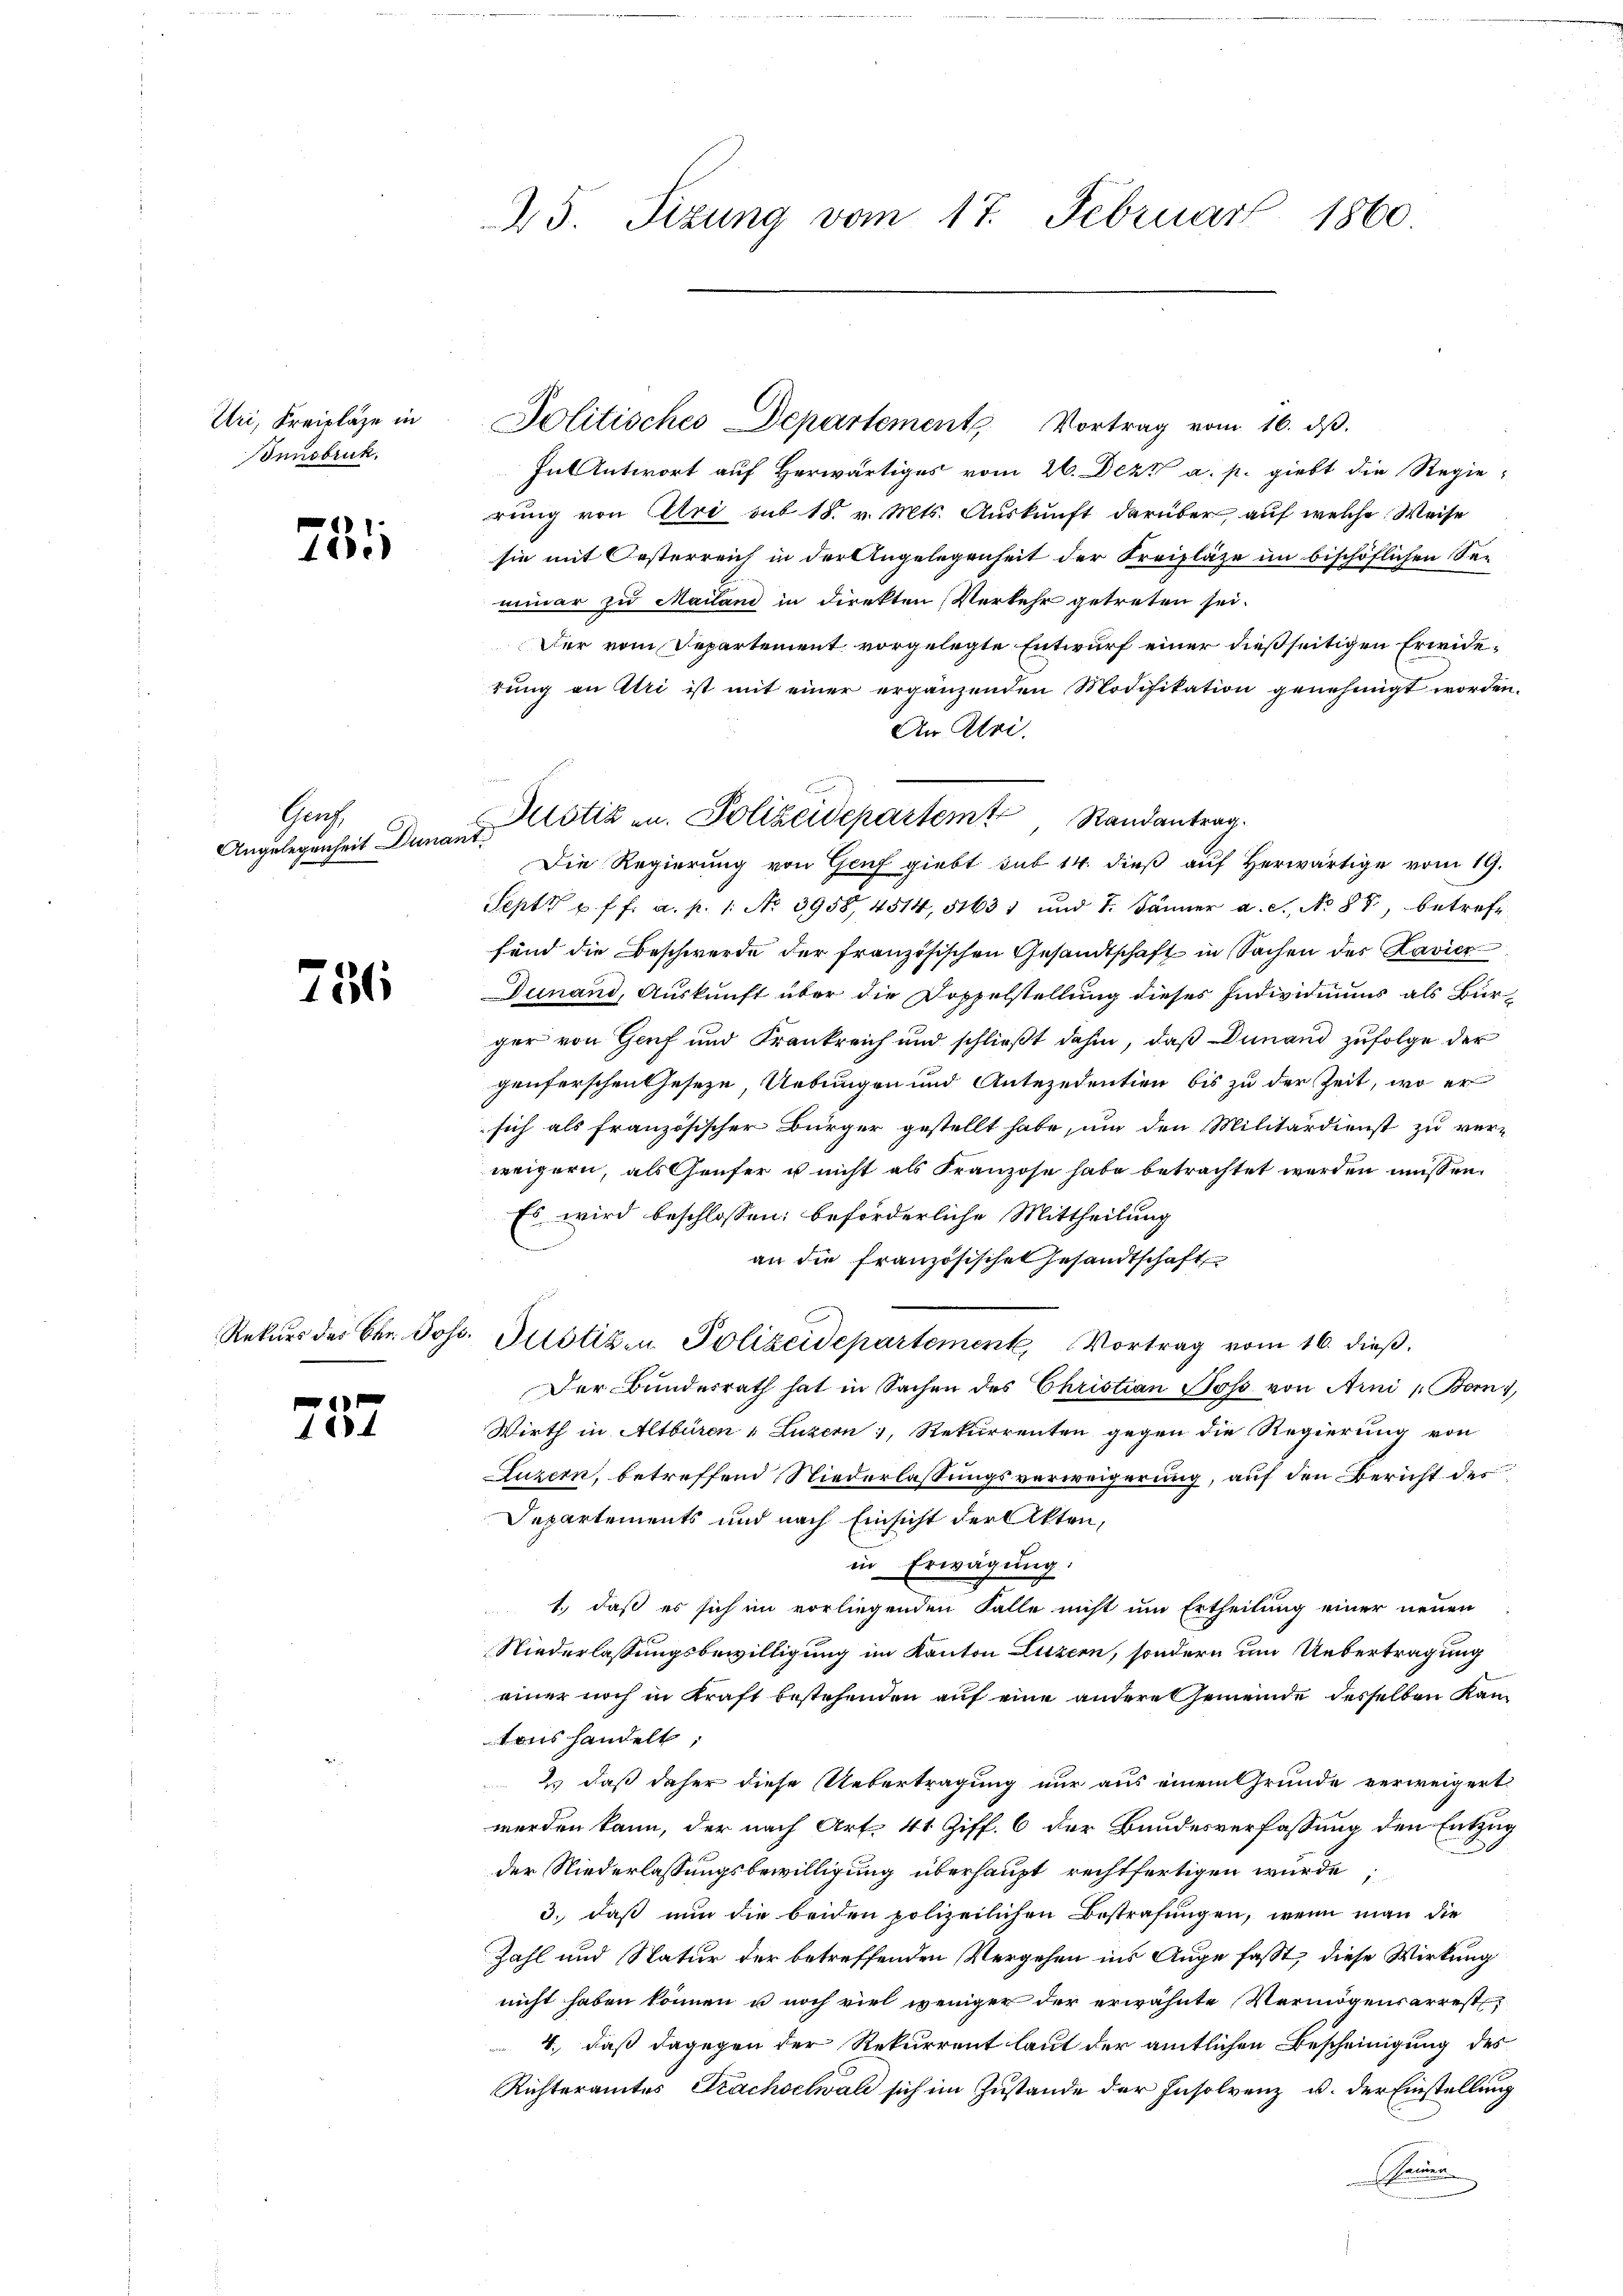
Uri, Freipläge in
Innsbruk.

75

Ganz
Angelegenheit Dunant.

781

757

25. Sizung vom 17. Februar 1860.

Ful Antwort auf Herwärtiges vom 26. Dez. a. p. giebt die Regierung von Uri mit 18. v. Mts. Auskunft darüber, auf welche Weise
sie mit Oesterreich in der Angelegenheit der Freizläze im bischöflichen Seeminar zu Mailand in direkten Verkehr getreten sei.
Der vom Departement vorgelegte Entwurf einer dießseitigen Erwidetung an Uri ist mit einer ergänzenden Modifikation genehmigt worden.
An Aloi
Die Regierung von Genf giebt sub 14. dieß auf Herwärtige vom 19.
Sept u. ff. a. p. 1. No 3958, 4514, 51631 und 7. Jänner a. c., No 88, betreffsind die Beschwerde der französischen Gesandtschaft in Sachen der Lavier
Dunand, Auskunft über die Doppelstellung dieses Individuums als Burger von Genf und Frankreich und schließt dahin, daß Dinand zufolge der
genferschen Geseze, Uebungen und Antezedentien bis zu der Zeit, wo er
sich als französischer Bürger gestellt habe, um den Militärdienst zu ver-
weigern, als Genfer u nicht als Franzose habe betrachtet werden müssen.
Es wird beschlossen: beförderliche Mittheilung
an die französischen Gesandtschaft
Rekurs des Chr. Johs. Gustiz- u. Polizeidepartement, Vortrag vom 16. dieß.
Der Bunderrath hat in Sachen des Christian Joso von Arni (Bern 1
Wirth in Altburen Luzern, Rekurrenten gegen die Regierung von
Luzern, betreffend Niederlassungsverweigerung, auf den Bericht des
Departements und nach Einsicht der Akten,
in Erwägung:
1.) daß es sich im vorliegenden Falle nicht um Ertheilung einer neuen
Niederlassungsbewilligung im Kanton Luzern, sondern um Uebertragung
einer noch in Kraft bestehenden auf eine andere Gemeinde desselben Kantons handelt,
2. daß daher diese Uebertragung nur aus einem Grunde verweigert
werden kann, der nach Art. 41 Ziff. 6 der Bundesverfassung den Entzug
1
der Niederlassungsbewilligung überhaupt rechtfertigen würde;
3. daß nun die beiden polizeilichen Bestrafungen, wenn man die
Zahl und Natur der betreffenden Vergehen ins Auge fasst, diese Wirkung
nicht haben können u noch viel weniger der erwähnte Vermögensarrest
4., daß dagegen der Rekurrent laut der amtlichen Bescheinigung des
Richteramtes Frachselwald sich im Zustande der Insolvenz u. der Einstellung
kamen

Politisches Departements Vortrag vom 16. dβ.

Justiz an. Polizeidepartem Randantrag.